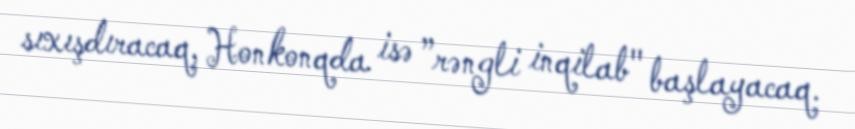
sıxışdıracaq, Honkonqda isə ”rəngli inqilab" başlayacaq.